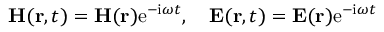
{ \bf H } ( { \bf r } , t ) = { \bf H } ( { \bf r } ) \mathrm { e } ^ { - \mathrm { i } \omega t } , \quad { \bf E } ( { \bf r } , t ) = { \bf E } ( { \bf r } ) \mathrm { e } ^ { - \mathrm { i } \omega t }